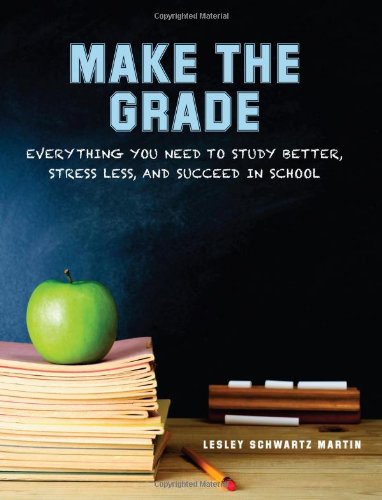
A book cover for Make the Grade: Everything You Need to Study Better, Stress Less, and Succeed in School; Lesley Schwartz Martin; Teen & Young Adult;